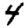
Digit: 4